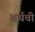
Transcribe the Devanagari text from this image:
अर्थची